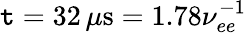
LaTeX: \mathtt{t}=32\, \mu\mathrm{{s}}=1.78\nu_{ee}^{-1}